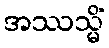
အဿသ္မိံ